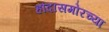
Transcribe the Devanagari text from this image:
हौदासमोरच्या